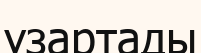
ұзартады